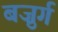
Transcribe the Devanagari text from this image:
बज़ुर्ग